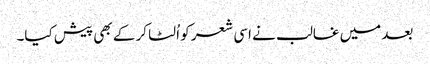
بعد میں غالب نے اسی شعر کو اُلٹا کر کے بھی پیش کیا۔